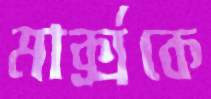
মার্ক্সকে